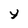
Character: Y